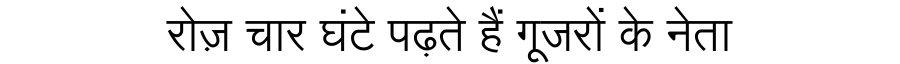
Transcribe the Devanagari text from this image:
रोज़ चार घंटे पढ़ते हैं गूजरों के नेता